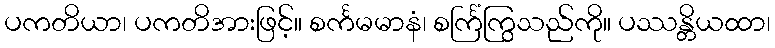
ပကတိယာ၊ ပကတိအားဖြင့်။ စင်္ကမမာနံ၊ စင်္ကြံကြွသည်ကို။ ပဿန္တိယထာ၊